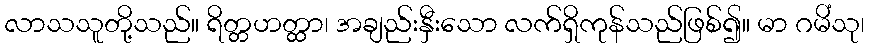
လာသသူတို့သည်။ ရိတ္တဟတ္ထာ၊ အချည်းနှီးသော လက်ရှိကုန်သည်ဖြစ်၍။ မာ ဂမိံသု၊